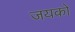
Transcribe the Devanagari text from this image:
जयको